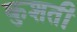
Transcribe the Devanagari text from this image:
कुशती